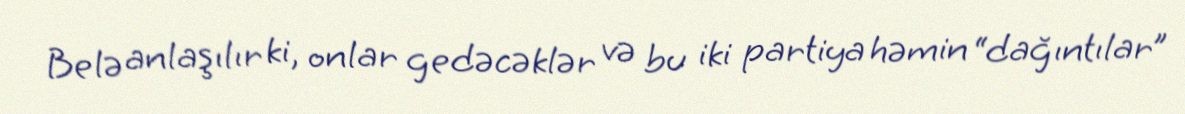
Belə anlaşılır ki, onlar gedəcəklər və bu iki partiya həmin “dağıntılar”